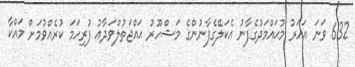
632 ވަނަ އަހަރު މުޙައްމަދުގެފާނު އެކަލޭގެފާނުންގެ މަޝްހޫރު ޙައްޖަތުލްވަދާޢު ފުރިހަމަ ކުރެއްވުމަށް މައްކާ